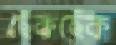
ছেঁকছেঁক